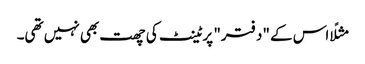
مثلًا اس کے "دفتر" پر ٹینٹ کی چھت بھی نہیں تھی۔